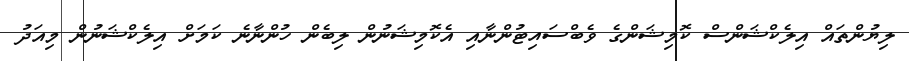
ލިޔުންތައް އިލެކްޝަންސް ކޮމިޝަންގެ ވެބްސައިޓުންނާއި އެކޮމިޝަނުން ލިބެން ހުންނާނެ ކަމަށް އިލެކްޝަނުން މިއަދު